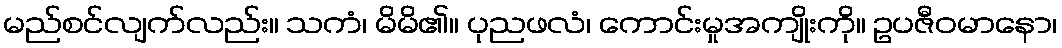
မည်စင်လျက်လည်း။ သကံ၊ မိမိ၏။ ပုညဖလံ၊ ကောင်းမှုအကျိုးကို။ ဥပဇီဝမာနော၊